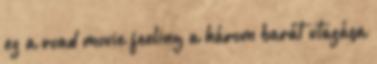
ez a road movie feeling a három barát utazása